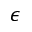
\epsilon